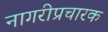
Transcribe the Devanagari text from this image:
नागरीप्रचारक